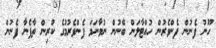
ހޫނު ފެނުން ފެންވެރުން ހުއްޓާލަން ބޭނުން ނުވާނަމަ ފެންވެރުމުގެ ކުރިން ތާފެނާ ފެނުން